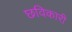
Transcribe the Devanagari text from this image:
छविकारी